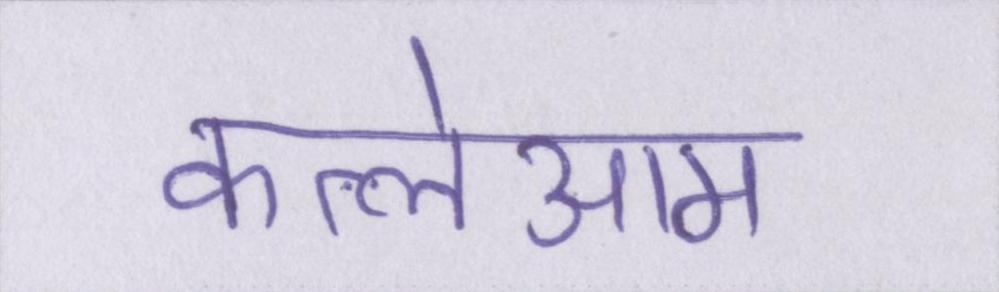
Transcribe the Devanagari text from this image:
कत्लेआम